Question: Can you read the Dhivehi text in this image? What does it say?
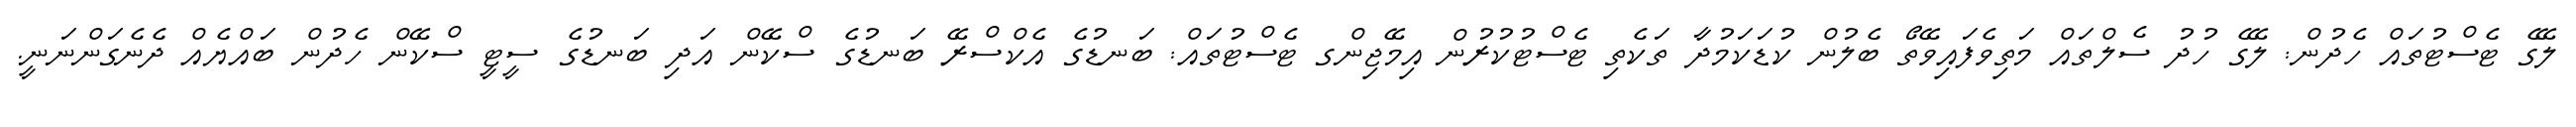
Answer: ލޭގެ ޓެސްޓުތައް ހެދުން: ލޭގެ ހުދު ސެލްތައް މަތިވެފައިވޭތޯ ބެލުން ކުޑަކަމުދާ ތަކެތި ޓެސްޓުކުރުން އިމޭޖިންގ ޓެސްޓުތައް: ބަނޑުގެ އެކްސްރޭ ބަނޑުގެ ސްކޭން އަދި ބަނޑުގެ ސީޓީ ސްކޭން ހެދުން ބައްޔެއް ދެނެގަންނަނީ.